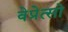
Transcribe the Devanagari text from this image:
वेप्रेत्सो